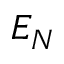
E _ { N }